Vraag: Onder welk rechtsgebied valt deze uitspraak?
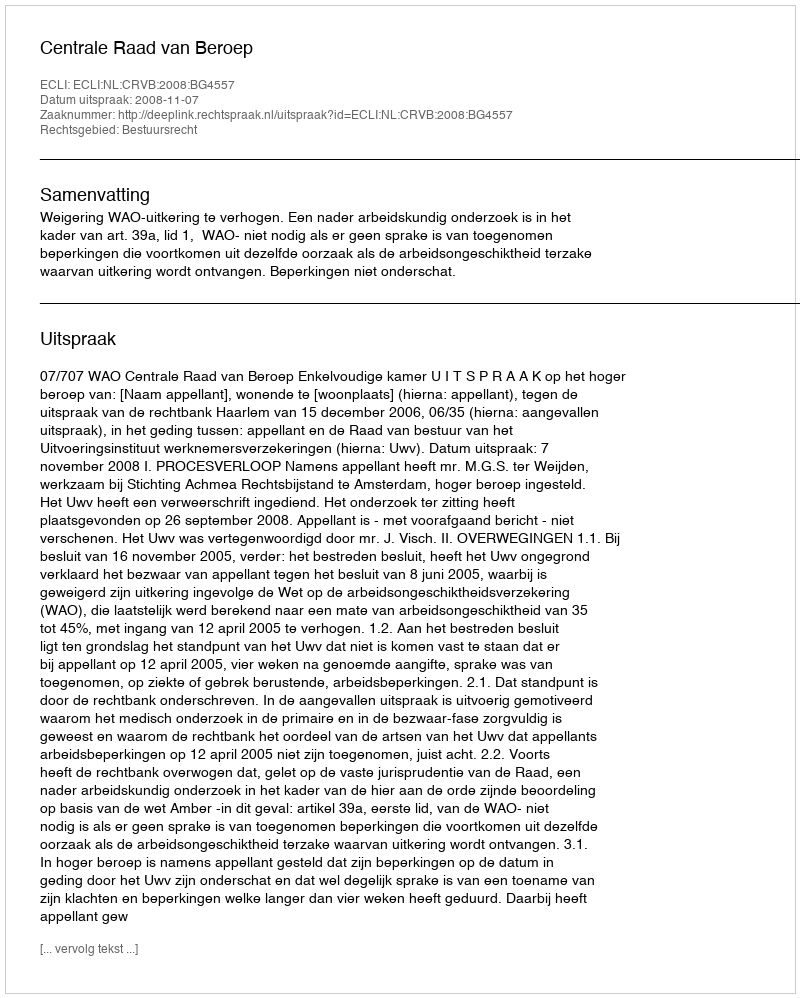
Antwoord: Bestuursrecht